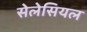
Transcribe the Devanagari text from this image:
सेलेसियल